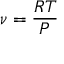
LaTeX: \ \nu = { \frac { R T } { P } }